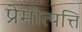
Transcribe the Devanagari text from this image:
प्रेमोत्पत्ति